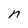
Character: n